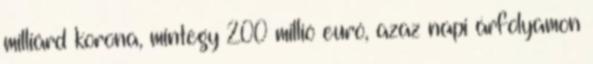
milliárd korona, mintegy 200 millió euró, azaz napi árfolyamon